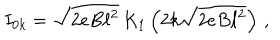
LaTeX: I _ { 0 k } = \sqrt { 2 e B \ell ^ { 2 } } \, K _ { 1 } \left( 2 k \sqrt { 2 e B \ell ^ { 2 } } \right) \, ,